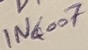
Text: IN6007